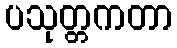
ပသုတ္တကတာ